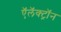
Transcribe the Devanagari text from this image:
ऍलॅक्ट्रॉन